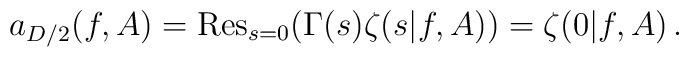
a_{D/2}(f,A)={\rm Res}_{s=0} (\Gamma (s) \zeta (s|f,A))= \zeta (0|f,A) \,.